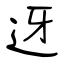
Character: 迓